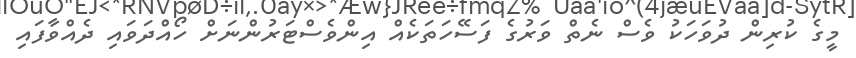
މީގެ ކުރިން ދުވަހަކު ވެސް ނެތް ވަރުގެ ފަސޭހަތަކެއް އިންވެސްޓަރުންނަށް ހޯއްދަވައި ދެއްވާފައި